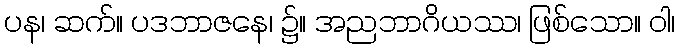
ပန၊ ဆက်။ ပဒဘာဇနေ၊ ၌။ အညဘာဂိယဿ၊ ဖြစ်သော။ ဝါ၊